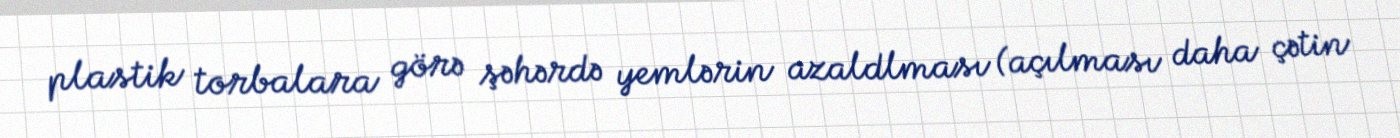
plastik torbalara görə şəhərdə yemlərin azaldlması (açılması daha çətin